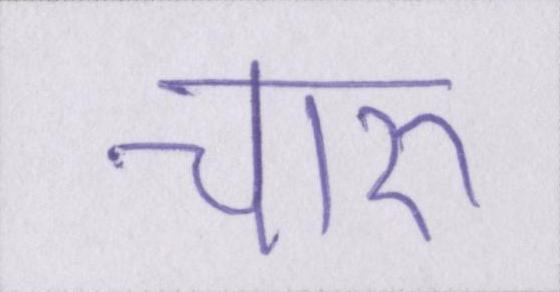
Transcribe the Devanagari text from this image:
चारु